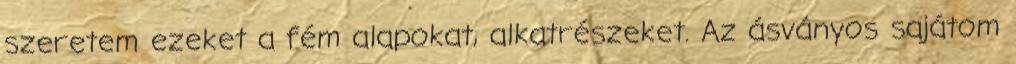
szeretem ezeket a fém alapokat, alkatrészeket. Az ásványos sajátom